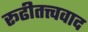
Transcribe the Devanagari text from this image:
रूढीतत्त्ववाद